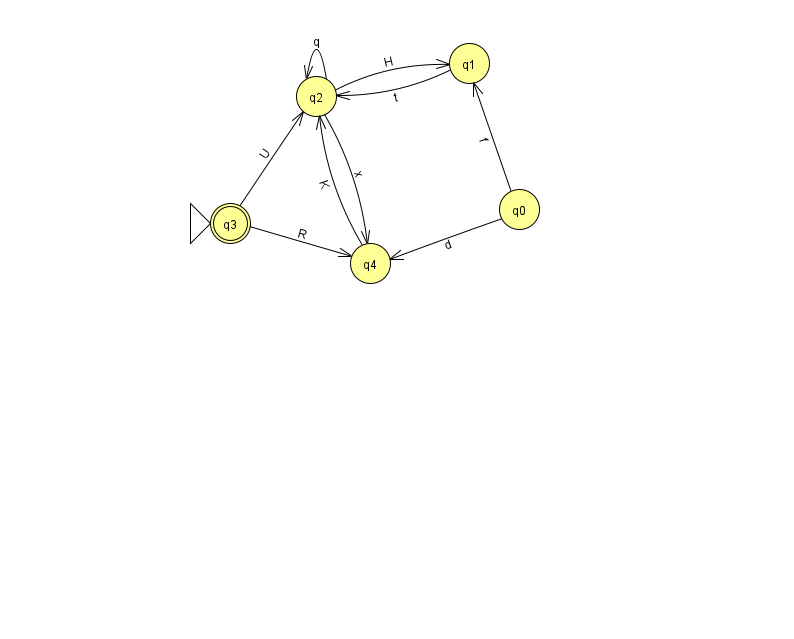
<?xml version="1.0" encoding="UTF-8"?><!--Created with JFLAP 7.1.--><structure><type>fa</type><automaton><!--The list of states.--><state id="0" name="q0"><x>519.0</x><y>196.0</y></state><state id="1" name="q1"><x>469.0</x><y>50.0</y></state><state id="2" name="q2"><x>316.0</x><y>83.0</y></state><state id="3" name="q3"><x>230.0</x><y>210.0</y><initial/><final/></state><state id="4" name="q4"><x>370.0</x><y>250.0</y></state><!--The list of transitions.--><transition><from>2</from><to>2</to><read>q</read></transition><transition><from>1</from><to>2</to><read>t</read></transition><transition><from>4</from><to>2</to><read>K</read></transition><transition><from>2</from><to>4</to><read>x</read></transition><transition><from>3</from><to>4</to><read>R</read></transition><transition><from>0</from><to>1</to><read>f</read></transition><transition><from>0</from><to>4</to><read>d</read></transition><transition><from>2</from><to>1</to><read>H</read></transition><transition><from>3</from><to>2</to><read>U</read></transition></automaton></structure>